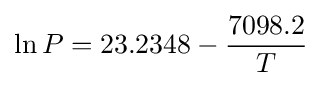
\ln P=23.2348-{\frac {7098.2}{T}}